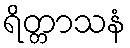
ရိတ္တာသနံ